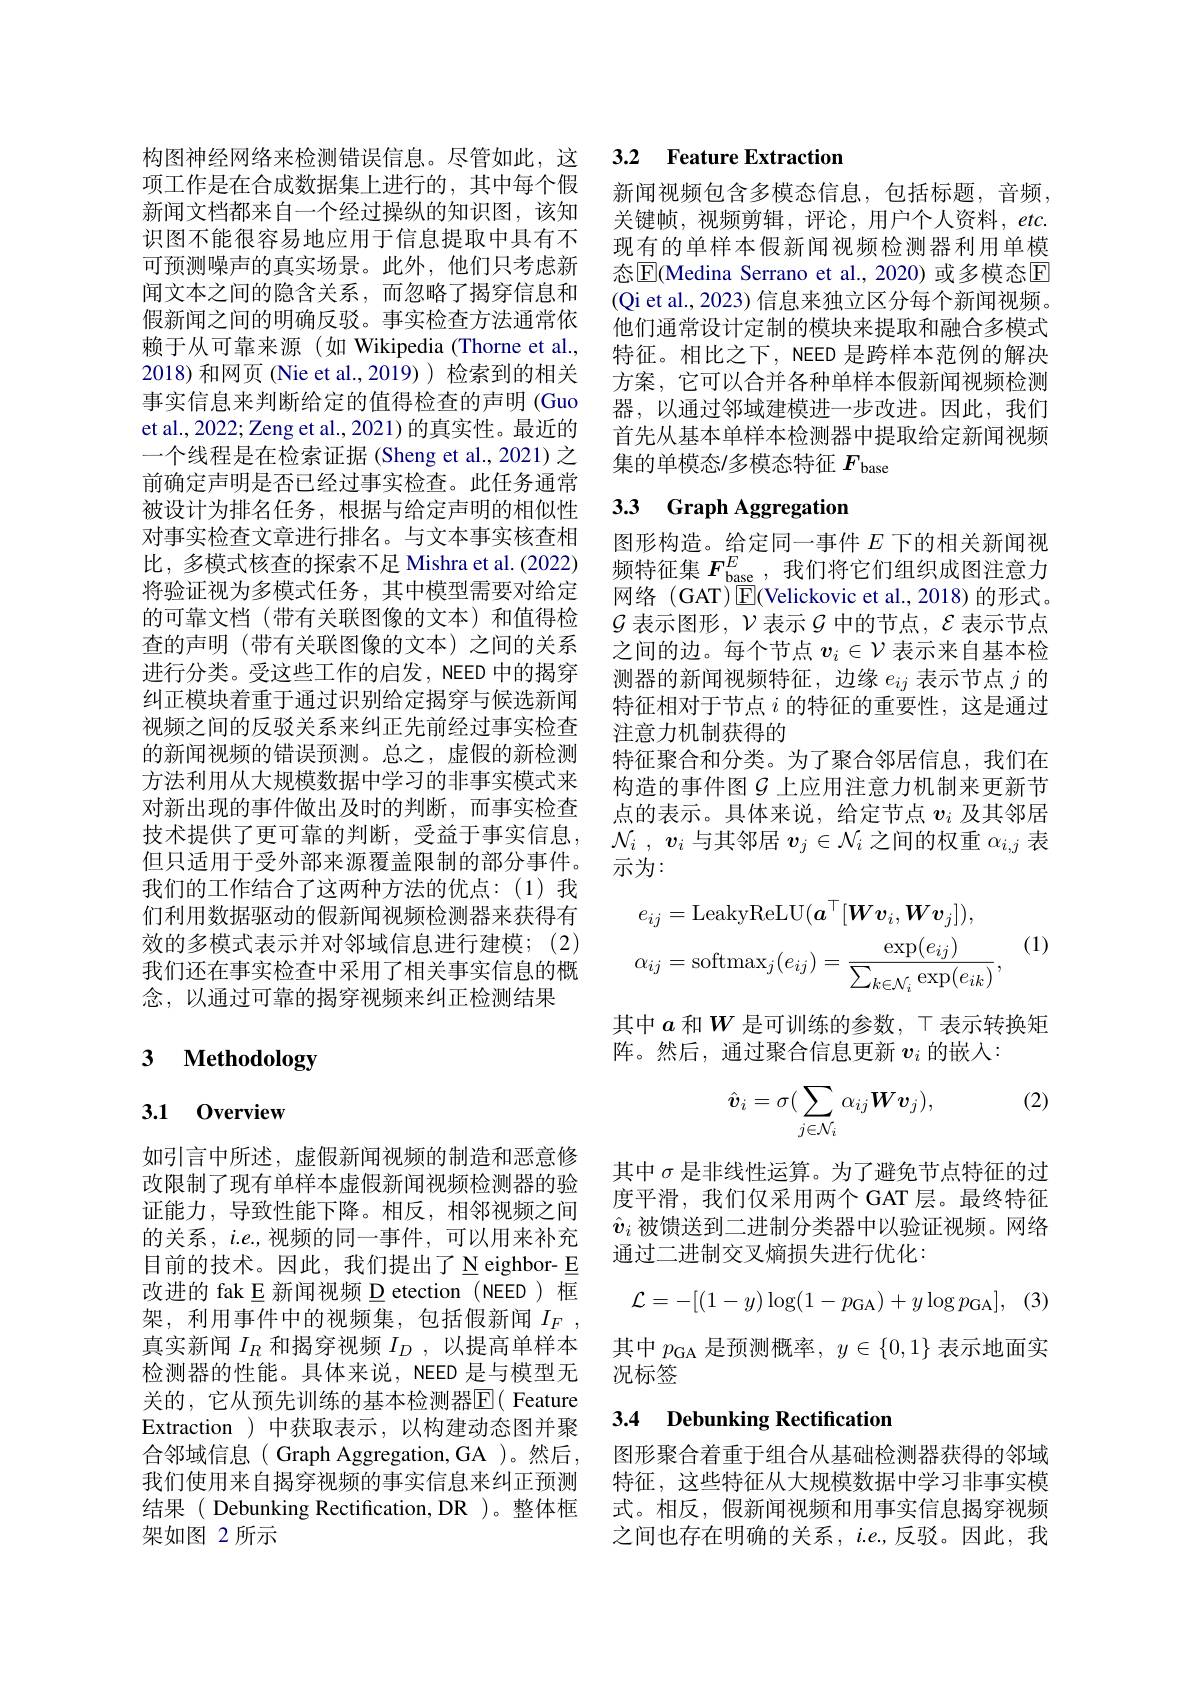
构图神经网络来检测错误信息。尽管如此，这项工作是在合成数据集上进行的，其中每个假新闻文档都来自一个经过操纵的知识图，该知识图不能很容易地应用于信息提取中具有不可预测噪声的真实场景。此外，他们只考虑新闻文本之间的隐含关系，而忽略了揭穿信息和假新闻之间的明确反驳。事实检查方法通常依赖于从可靠来源(如 Wikipedia(Thorne et al., 2018)和网页(Nie et al.,2019) 检索到的相关事实信息来判断给定的值得检查的声明 (Guo et al., 2022; Zeng et al., 2021) 的真实性。最近的一个线程是在检索证据 (Sheng et al., 2021) 之前确定声明是否已经过事实检查。此任务通常被设计为排名任务，根据与给定声明的相似性对事实检查文章进行排名。与文本事实核查相比，多模式核查的探索不足 Mishra et al. (2022) 将验证视为多模式任务，其中模型需要对给定的可靠文档(带有关联图像的文本)和值得检查的声明 (带有关联图像的文本)之间的关系进行分类。受这些工作的启发，NEED 中的揭穿纠正模块着重于通过识别给定揭穿与候选新闻视频之间的反驳关系来纠正先前经过事实检查的新闻视频的错误预测。总之，虚假的新检测方法利用从大规模数据中学习的非事实模式来对新出现的事件做出及时的判断，而事实检查技术提供了更可靠的判断，受益于事实信息， 但只适用于受外部来源覆盖限制的部分事件。我们的工作结合了这两种方法的优点：(1)我们利用数据驱动的假新闻视频检测器来获得有效的多模式表示并对邻域信息进行建模；(2) 我们还在事实检查中采用了相关事实信息的概念，以通过可靠的揭穿视频来纠正检测结果

# 3 $\textbf{Methodology}$

# 3.1 0verview

如引言中所述，虚假新闻视频的制造和恶意修改限制了现有单样本虚假新闻视频检测器的验证能力，导致性能下降。相反，相邻视频之间的关系，$i.e.$,视频的同一事件，可以用来补充目前的技术。因此，我们提出了 N eighbor- E 改进的 fak E 新闻视频 D etection (NEED) 框架，利用事件中的视频集，包括假新闻$I_F$, 真实新闻$I_R$和揭穿视频$I_D$,以提高单样本检测器的性能。具体来说，NEED 是与模型无关的，它从预先训练的基本检测器$\overline{\mathrm{E}}($ Feature Extraction ) 中获取表示，以构建动态图并聚合邻域信息( Graph Aggregation, GA )。然后， 我们使用来自揭穿视频的事实信息来纠正预测结果( Debunking Rectification, DR )。整体框架如图 2 所示

## 3.2 Feature Extraction

新闻视频包含多模态信息，包括标题，音频， 关键帧，视频剪辑，评论，用户个人资料，$etc.$ 现有的单样本假新闻视频检测器利用单模态$\overline{\mathrm{E}}$(Medina Serrano et al.,2020) 或多模态E (Qi et al., 2023) 信息来独立区分每个新闻视频。他们通常设计定制的模块来提取和融合多模式特征。相比之下，NEED 是跨样本范例的解决方案，它可以合并各种单样本假新闻视频检测器，以通过邻域建模进一步改进。因此，我们首先从基本单样本检测器中提取给定新闻视频集的单模态/多模态特征$F_\mathrm{base}$

# 3.3 Graph Aggregation

图形构造。给定同一事件$E$下的相关新闻视频特征集$F_\mathrm{base}^E$,我们将它们组织成图注意力网络 (GAT)$\operatorname{E}($Velickovic et al.,2018)的形式。$\mathcal{G}$表示图形，$\mathcal{V}$表示$\mathcal{G}$中的节点，$\mathcal{E}$表示节点之间的边。每个节点$v_i\in\mathcal{V}$表示来自基本检测器的新闻视频特征，边缘$e_{ij}$表示节点$j$的特征相对于节点$i$的特征的重要性，这是通过注意力机制获得的
特征聚合和分类。为了聚合邻居信息，我们在构造的事件图$G$ 上应用注意力机制来更新节点的表示。具体来说，给定节点$v_i$及其邻居$\mathcal{N} _i$ , $\boldsymbol{v}_i$与其邻居$v_j\in\mathcal{N}_i$之间的权重$\alpha_i,j$表示为：
$$e_{ij}=\mathrm{LeakyReLU}(a^{\top}[\boldsymbol{W}\boldsymbol{v}_{i},\boldsymbol{W}\boldsymbol{v}_{j}]),\\\alpha_{ij}=\mathrm{softmax}_{j}(e_{ij})=\frac{\exp(e_{ij})}{\sum_{k\in\mathcal{N}_{i}}\exp(e_{ik})},$$
(1)

其中$a$和$W$是可训练的参数，T 表示转换矩
阵。然后，通过聚合信息更新$v_i$的嵌入：

(2)
$$\hat{\boldsymbol{v}}_i=\sigma(\sum_{j\in\mathcal{N}_i}\alpha_{ij}\boldsymbol{W}\boldsymbol{v}_j),$$
其中$\sigma$是非线性运算。为了避免节点特征的过度平滑，我们仅采用两个 GAT 层。最终特征$\hat{v}_i$被馈送到二进制分类器中以验证视频。网络通过二进制交叉熵损失进行优化：
$$\mathcal{L}=-[(1-y)\log(1-p_{\mathrm{GA}})+y\log p_{\mathrm{GA}}],$$
其中$p_\mathrm{GA}$是预测概率，$y\in\{0,1\}$表示地面实
况标签

## 3.4 Debunking Rectification

图形聚合着重于组合从基础检测器获得的邻域特征，这些特征从大规模数据中学习非事实模式。相反，假新闻视频和用事实信息揭穿视频之间也存在明确的关系，$i.e.$,反驳。因此，我